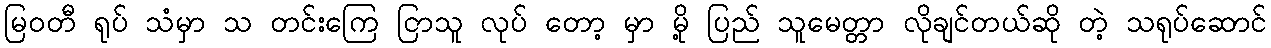
မြဝတီ ရုပ် သံမှာ သ တင်းကြေ ငြာသူ လုပ် တော့ မှာ မို့ ပြည် သူမေတ္တာ လိုချင်တယ်ဆို တဲ့ သရုပ်ဆောင်